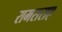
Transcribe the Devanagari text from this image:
रामसराए